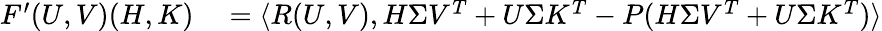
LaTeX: \begin{array}{rl}{F^{\prime}(U,V)(H,K)}&{{}=\langle R(U,V),H\Sigma V^{T}+U\Sigma K^{T}-P(H\Sigma V^{T}+U\Sigma K^{T})\rangle}\end{array}